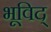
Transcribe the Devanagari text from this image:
भूविद्